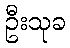
ဦးသုခ